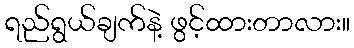
ရည်ရွယ်ချက်နဲ့ ဖွင့်ထားတာလား။